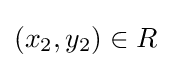
(x_{2},y_{2})\in R